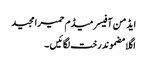
ایڈمن آفیسر میڈم حمیرا مجید
اگلا مضموندرخت لگائیں ۔